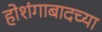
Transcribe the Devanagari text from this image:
होशंगाबादच्या